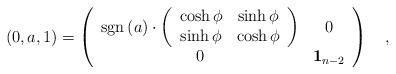
LaTeX: \begin{align*}\left( 0,a,1\right) =\left( \begin{array}{cc}{\rm sgn}\left( a\right) \cdot \left( \begin{array}{cc}\cosh \phi & \sinh \phi \\ \sinh \phi & \cosh \phi \end{array}\right) & 0 \\ 0 & {\bf 1}_{n-2} \end{array}\right) \quad ,\end{align*}